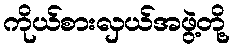
ကိုယ်စားလှယ်အဖွဲ့တို့